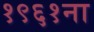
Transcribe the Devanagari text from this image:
१९६१ना